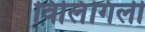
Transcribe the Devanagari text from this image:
विलिंगिली